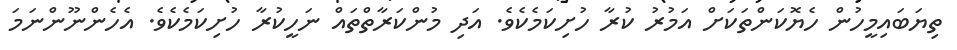
ތިޔަބައިމީހުން ހެޔޮކަންތަކަށް އަމުރު ކުރާ ހުށިކަމެކެވެ. އަދި މުންކަރާތްތައް ނަހީކުރާ ހުށިކަމެކެވެ. އެހެންނޫންނަމަ